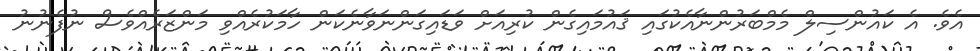
އެވެ. އެ ކައުންސިލް މެމްބަރުންނާއެކުގައި ޤައުމައިގެން ކުރިއަށް ވަޑައިގަންނަވާނެކަން ހާމަކުރެއްވި މަންޒަރެއްވެސް ނުފެނުނު